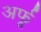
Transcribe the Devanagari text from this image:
अर्फू